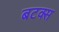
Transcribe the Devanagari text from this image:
बटक्स